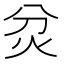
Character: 炃